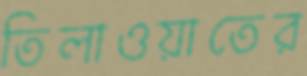
তিলাওয়াতের